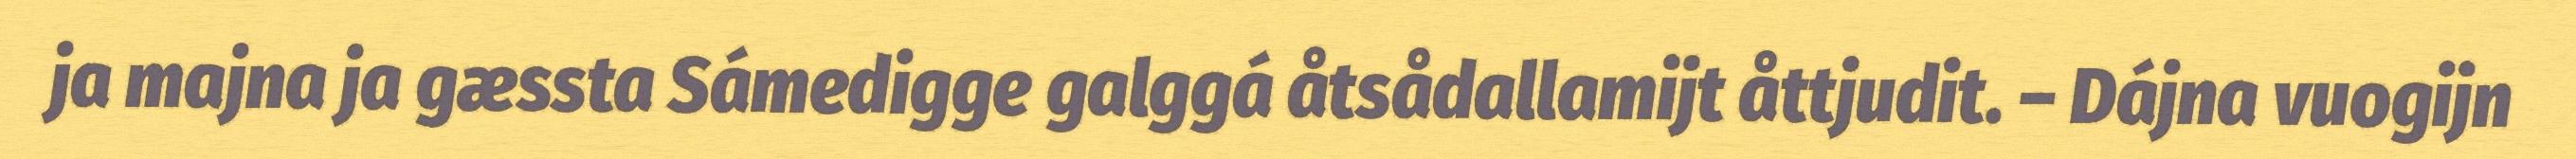
ja majna ja gæssta Sámedigge galggá åtsådallamijt åttjudit. – Dájna vuogijn